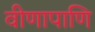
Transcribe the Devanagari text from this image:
वीणापाणि